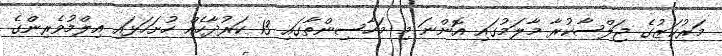
މަރުކަޒުގެ ޖަލްސާކުރާ މާލަމުގައި އޮންނަ މި މަހާސިންތާގައި 13 ކަރުދާހެއް ހުށަހަޅައި އިލްމުވެރިންގެ